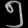
Digit: ၅